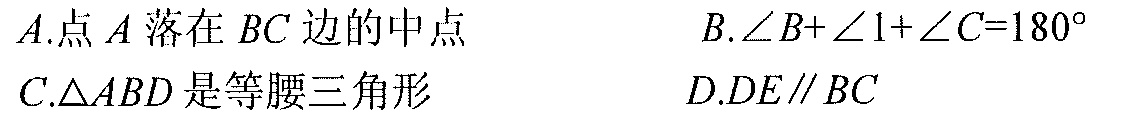
\(A.\)点\(A\)落在\(BC\)边的中点  \(B.\angle B+\angle1+\angle C = 180^{\circ}\)
\(C.\triangle ABD\)是等腰三角形  \(D.DE\parallel BC\)